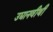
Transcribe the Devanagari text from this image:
उद्यानवीथी